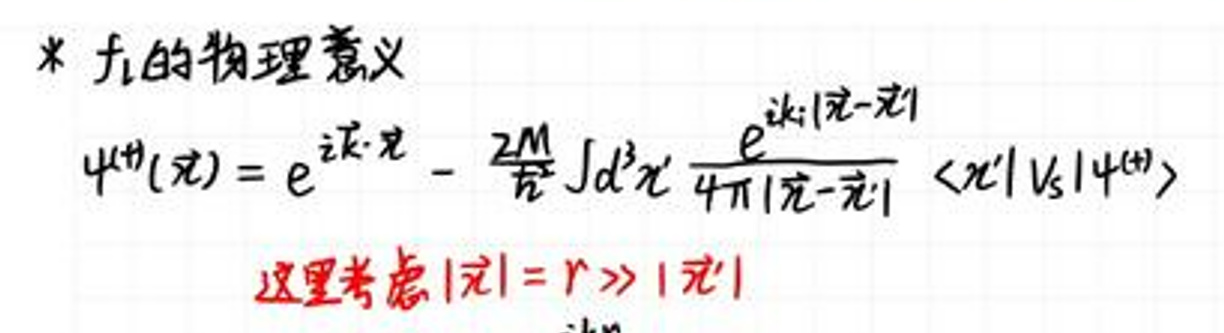
\(\ast\) \(f\)的物理意义
\[
\psi^{(r)}(\vec{r}) = e^{i\vec{k}\cdot\vec{r}} - \frac{2M}{\hbar^2}\int d\vec{r}' \frac{e^{i k|\vec{r}-\vec{r}'|}}{4\pi|\vec{r}-\vec{r}'|} \langle\vec{r}'|V|\psi^{(+)}\rangle
\]
\(\text{这里考虑}|\vec{}| = r \gg |\vec{x}'|\)